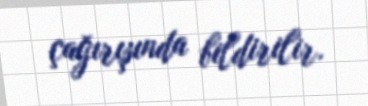
çağırışında bildirilir.